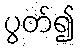
ပွတ်၍